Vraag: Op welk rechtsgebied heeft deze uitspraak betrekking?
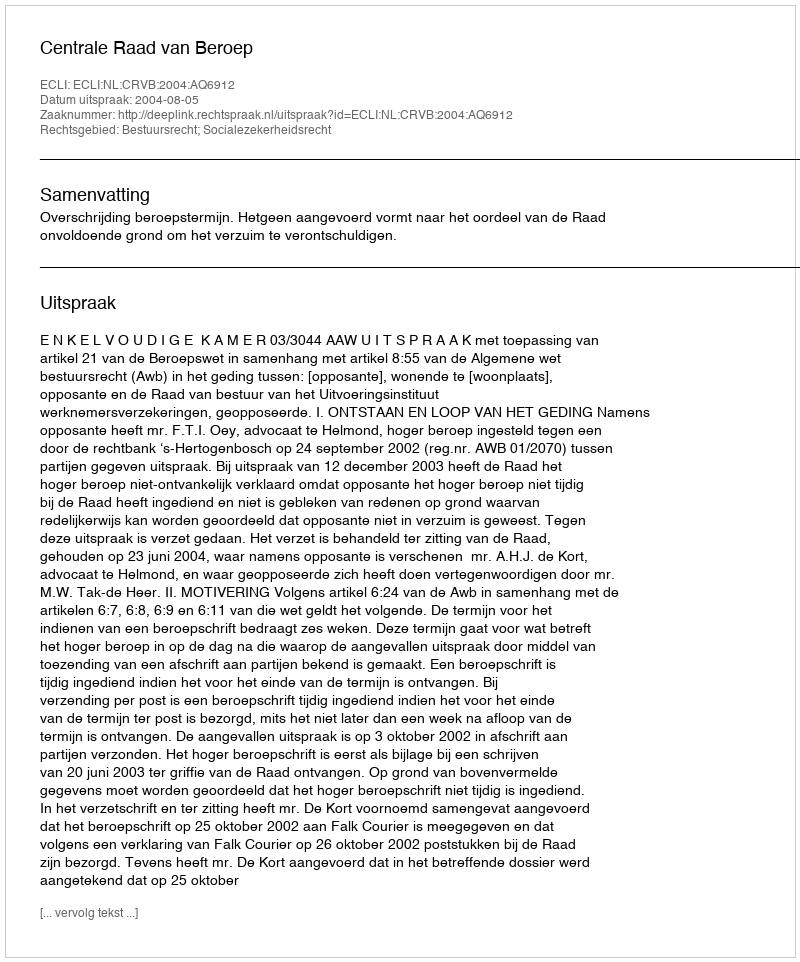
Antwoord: Bestuursrecht; Socialezekerheidsrecht